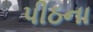
પીઠના